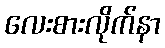
လေးစားလိုက်နာ